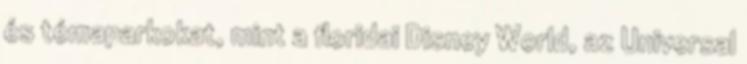
és témaparkokat, mint a floridai Disney World, az Universal